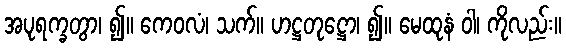
အပုရက္ခတွာ၊ ၍။ ကေဝလံ၊ သက်။ ဟဋ္ဌတုဋ္ဌော၊ ၍။ မေထုနံ ဝါ၊ ကိုလည်း။